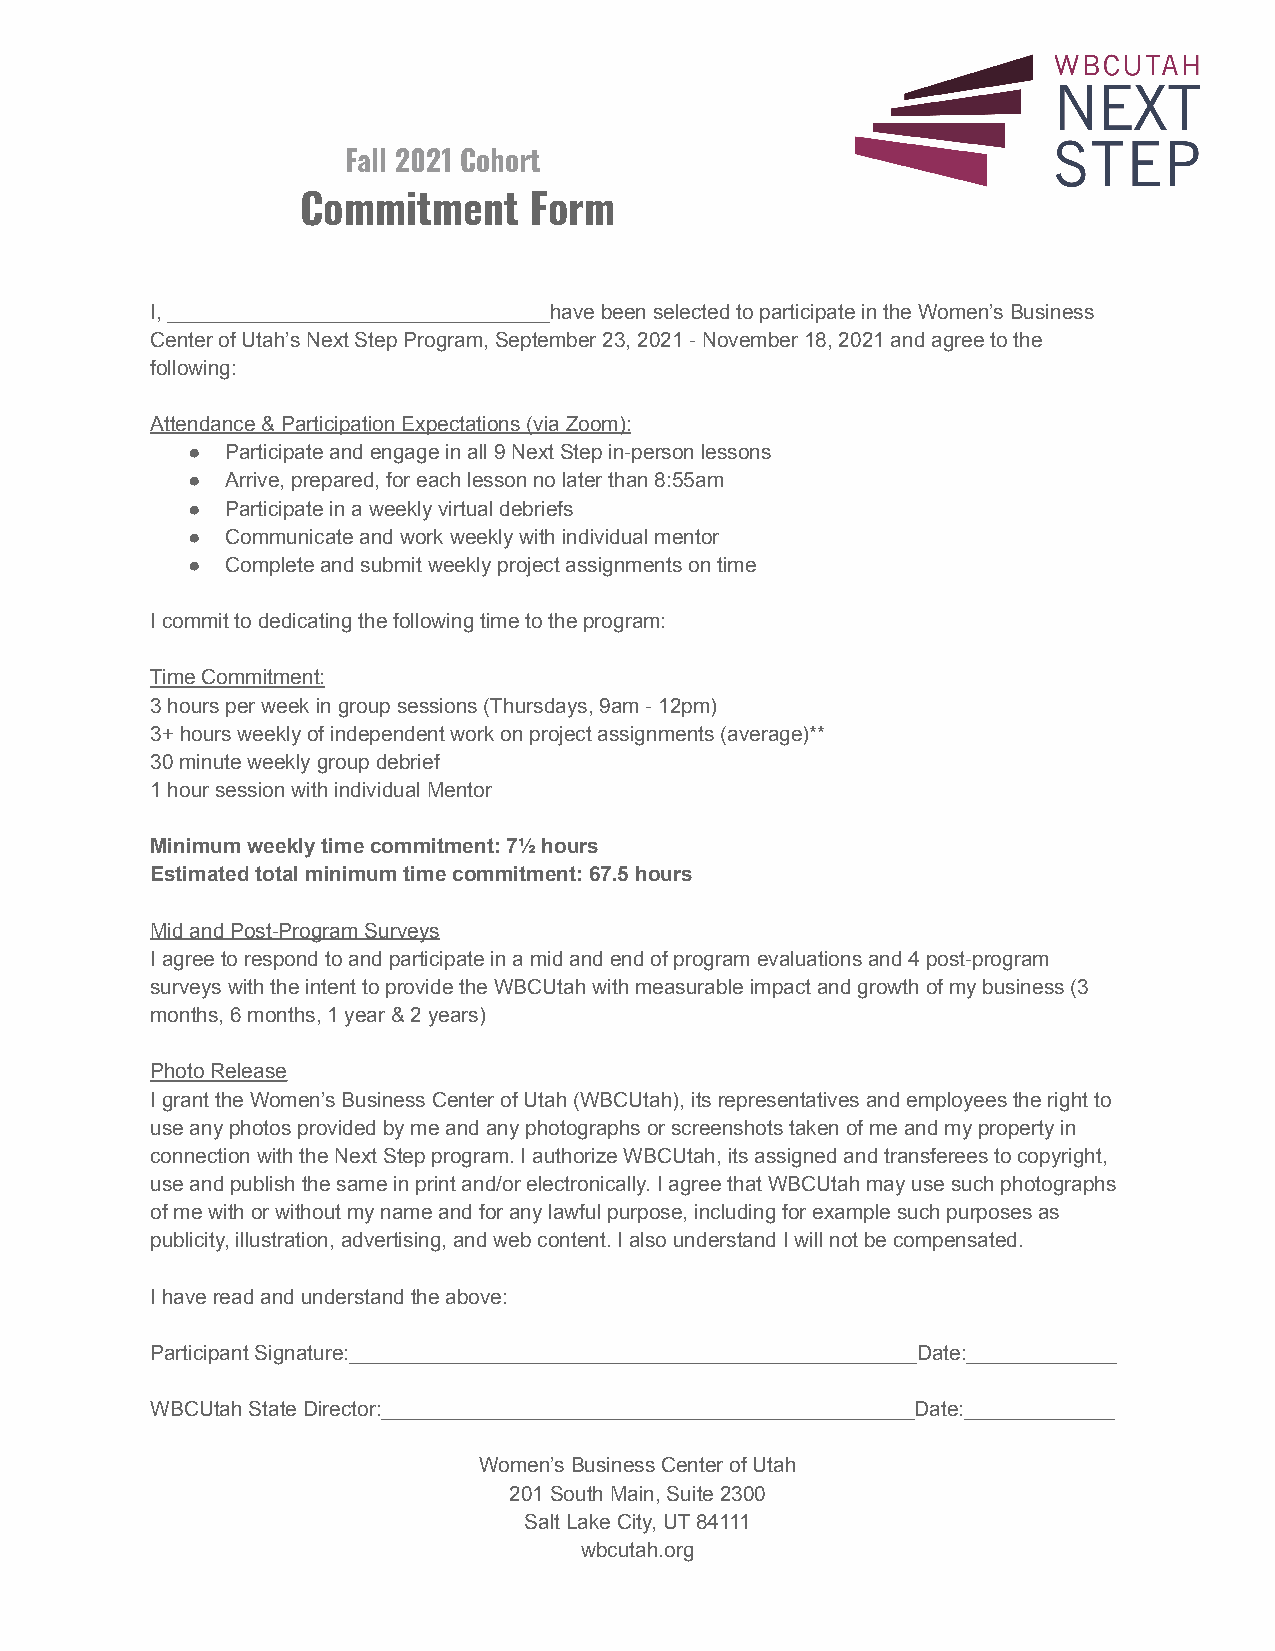
Fall 2021 Cohort
 Commitment     Form
 I, _________________________________have been selectedto participate in the Women’s Business
 Center of Utah’s Next Step Program, September 23,2021 - November 18, 2021 and agree to the
 following:
 Attendance & Participation Expectations (via Zoom):
 ●  Participate and engage in all 9 Next Step in-personlessons
 ●  Arrive, prepared, for each lesson no later than 8:55am
 ●  Participate in a weekly virtual debriefs
 ●  Communicate and work weekly with individual mentor
 ●  Complete and submit weekly project assignments ontime
 I commit to dedicating the following time to the program:
 Time Commitment:
 3 hours per week in group sessions (Thursdays, 9am- 12pm)
 3+ hours weekly of independent work on project assignments(average)**
 30 minute weekly group debrief
 1 hour session with individual Mentor
 Minimum weekly time commitment: 7½ hours
 Estimated total minimum time commitment: 67.5 hours
 Mid and Post-Program Surveys
 I agree to respond to and participate in a mid andend of program evaluations and 4 post-program
 surveys with the intent to provide the WBCUtah withmeasurable impact and growth of my business (3
 months, 6 months, 1 year & 2 years)
 Photo Release
 I grant the Women’s Business Center of Utah (WBCUtah),its representatives and employees the right to
 use any photos provided by me and any photographsor screenshots taken of me and my property in
 connection with the Next Step program. I authorizeWBCUtah, its assigned and transferees to copyright,
 use and publish the same in print and/or electronically.I agree that WBCUtah may use such photographs
 of me with or without my name and for any lawful purpose,including for example such purposes as
 publicity, illustration, advertising, and web content.I also understand I will not be compensated.
 I have read and understand the above:
 Participant Signature:_________________________________________________Date:_____________
 WBCUtah State Director:______________________________________________Date:_____________
 Women’s Business Center of Utah
 201 South Main, Suite 2300
 Salt Lake City, UT 84111
 wbcutah.org